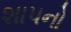
શાપનો